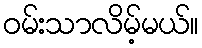
ဝမ်းသာလိမ့်မယ်။